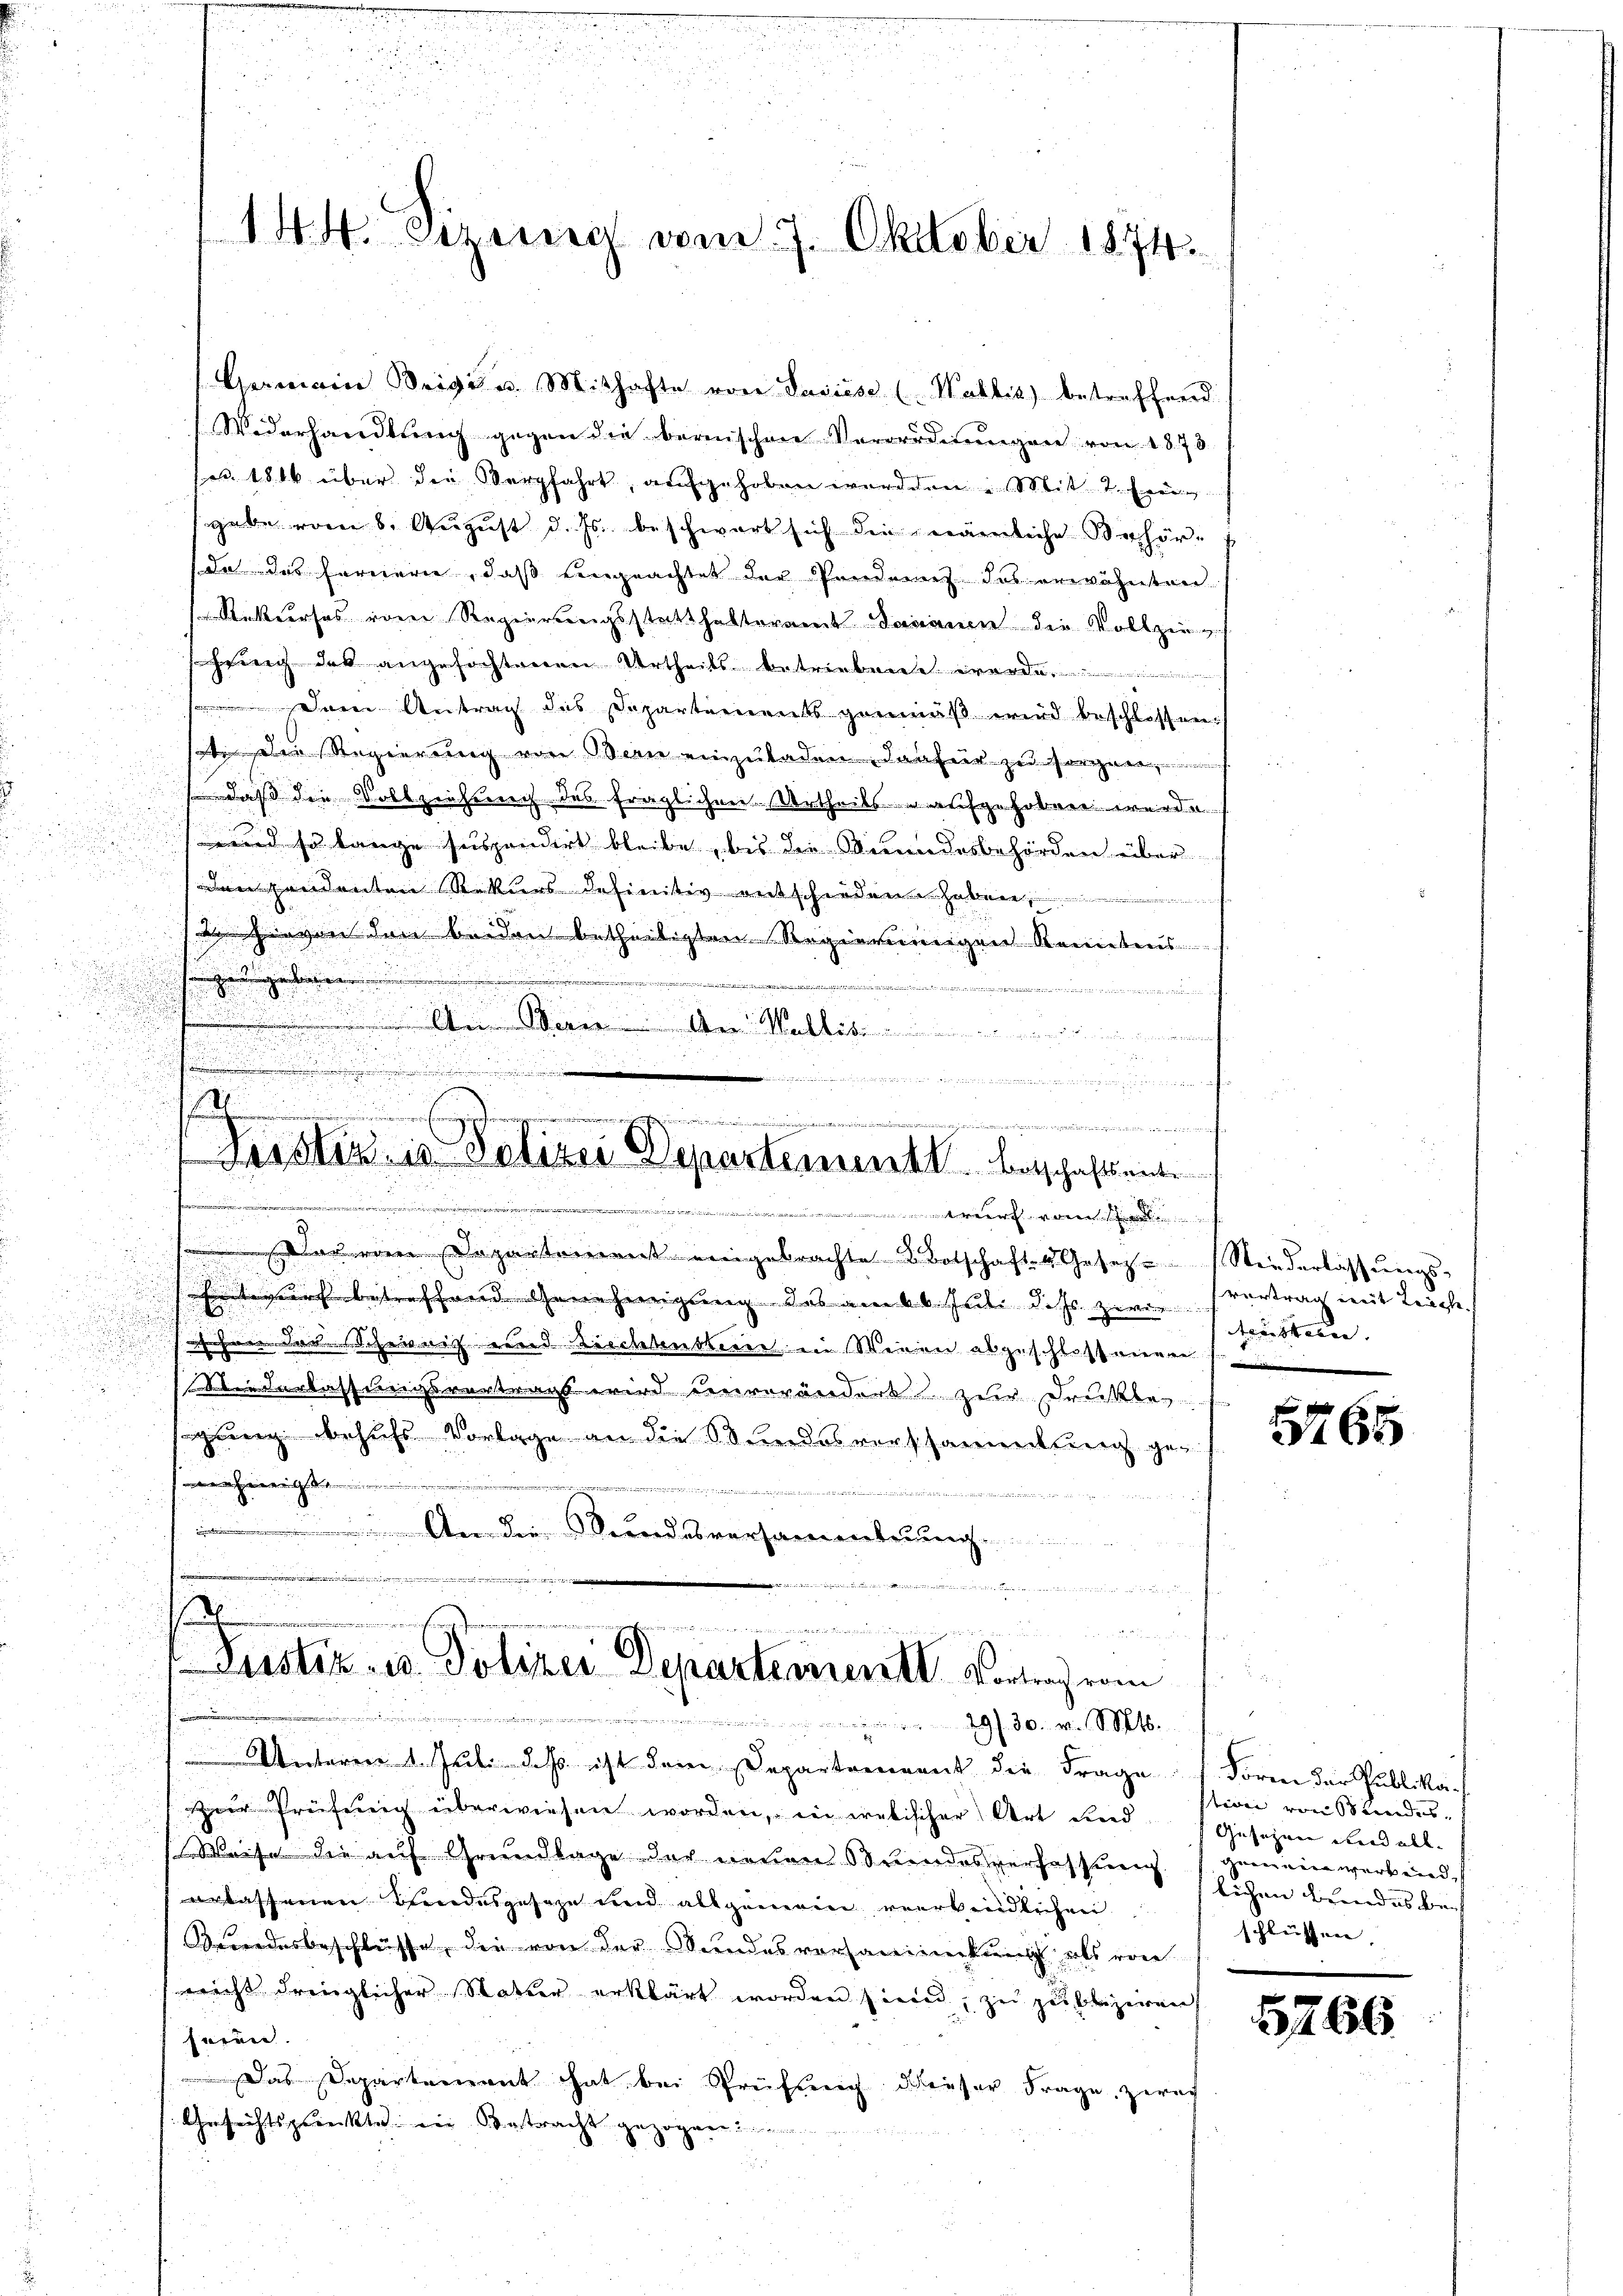
Germain Weige u. Mithafte von Saviése (Wallis) betreffend
Wederhandlung gegen die bernischen Verordnŭngen von 1873
ed. 1804 über die Verfahrt, aufgehoben werden. Mit 2. Freigabe vom 6. August d. Js. beschwart sich die nämliche Behör-
(da das Fernerie, daß eingeachtet der Pendenz des erwähnten
Rekurses vom Regierungsstatthalteramt Dananen die Vollziehrung des angefochtenen Urtheils betriebene werde,
Dem Antrag des Departements gemäβ wird beschlossen:
sote die Regierung von Berne einzuladen dafür zu sorgen,
 daß die Vollziehung des fraglichen Urtheils aufgehoben wurde
u

n
und so lange suspendert bleibe, bis die Mundesbehörden über

(den handenten Rekurs definitiv entschiedenen haben
 Liegen drei beiden betheiligten Regierungen Rentens

g
.
etet und einen wenn
.
u
A.............

.
h

.
Justizio Polizei Departementl. Entschaftsente
e

1
.
Dauerren Departement eingebrachte Botschaft 4 Gesetz-Niederlassungs-

Entwurf betreffend Genehmigung des am 6. Juli dass zweifenstern.

ehren der Sicher auf und Leichtensterie in Weien abgeschlossenen
n
.
Niederlassungsvortrags wird einverändert zur Druckte
sigung behufs Vorlage an die Bundesverschammetung ge¬

e
.. An die andesversammlung
.
.

e

144. Bezeich vom 7. Oktober 1874.

a
2 und

n
Justiz- u. Polizei Departement. Vortrag vom
29 f 30. v. S. Sptb.

vertrag mit Leiche

Unteren 1. Jul. dass ist dem Departement die Frages. Form der Publika-
zur Prüfung überwiesen worden, in crabischer Art und Gesezen und all¬
Weise die auf Grundlage der neuen Stundesverfassung
erlassenen Brandesgeseze und allgemeine verbindlichen
Beundesbeschlüsse, die von der Wundesvorsammenkung als von
nicht dringlicher Notter erklärt worden sind, zu publiziren
heien.
Das Departement hat bei Prüfung dieser Frage, zwei
Gesichtspunkte ein Betracht gezogen.

5765

stion von 3 Kindesgemein werk und
lichen Beides bei
schlüssen, |

5266